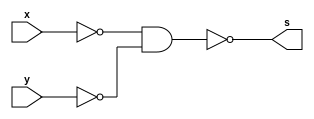
// Guia02 - Capitulo 3
// Nome: Karen Alves Pereira
// Data: 17/02/2011
//-------------------------------------
// -- Tabela verdade da porta OR 
// -- construida atraves de portas NAND
//-------------------------------------

 module ORnand (s, x, y);    //-- definindo a saida e as entradas
 output s;                   //-- saida
 input x, y;                 //-- entradas
 wire tem1, tem2;            //-- "declarando variavel para receber valores"
 
//assign s = ~(~x & ~y);
  
 assign tem1 = ~(x & x);        //-- operacao para obter o valor de x negado utilizando porta NAND
 assign tem2 = ~(y & y);        //-- operacao para obter o valor de y negado utilizando porta NAND
 assign s = ~(tem1 & tem2);     //-- operacao para obter a tabela verdade da porta OR atraves da porta NAND

 endmodule //-- fim module Ornand
  
//-------------------------------------
// -- Teste Ornand
//-------------------------------------

 module testornand;        //-- criando modulo para teste
 reg x, y;                 //-- valores definidos (registradores)
 wire s;                   //-- valor alternado de acordo com a operacao
 
 ORnand ORN1(s, x, y);      //-- nomeando a porta
 
 initial begin 
 		$display("Guia 02 - Karen Alves Pereira - 407451");
		$display("Tabela-verdade da porta OR construida atraves de portas NAND.");
		$display("Teste ORNAND.");
		$display("\n~(~x & ~y) = s\n");      //-- imprimindo na tela
		$monitor(" ~(%b & %b) = %b", x, y, s);
    	x=0; y=0;                //-- fornecendo valores
 #1	x=0; y=1;
 #1	x=1; y=0;
 #1	x=1; y=1;
 end           //-- fim begin
 
 endmodule      //-- fim modulo testOrnand